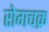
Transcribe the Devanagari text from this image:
रोगचक्र